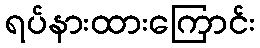
ရပ်နားထားကြောင်း